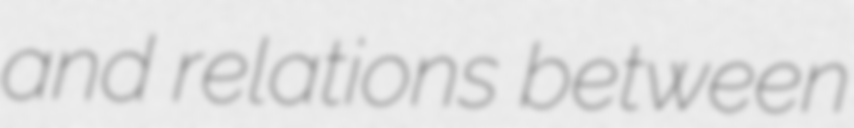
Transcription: and relations between